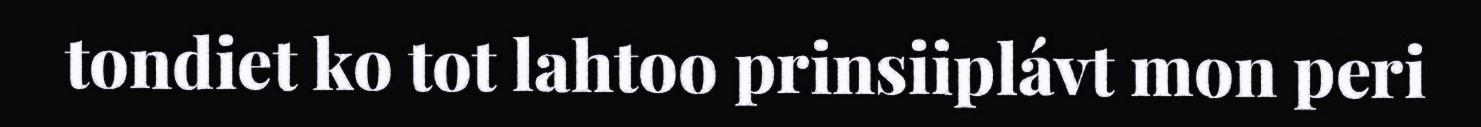
tondiet ko tot lahtoo prinsiiplávt mon peri